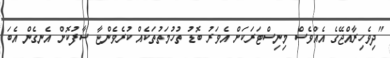
"ދިވެހިރާއްޖޭގެ އެއްވެސް މިނިސްޓަރަކަށް އެވަރު ބޮޑު ތުހުމަތުތަކެއް ކުރެވެންޏާ ސާފުުކޮށް އެނގެން އެބަ